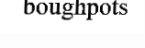
boughpots